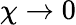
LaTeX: \chi\to 0